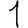
Digit: 1